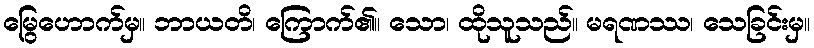
မြွေဟောက်မှ။ ဘာယတိ၊ ကြောက်၏။ သော၊ ထိုသူသည်။ မရဏဿ၊ သေခြင်းမှ။